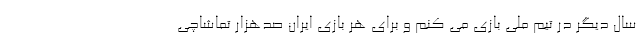
سال دیگر در تیم ملی بازی می کنم و برای هر بازی ایران صدهزار تماشاچی